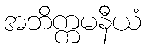
အဘိက္ကမနီယံ